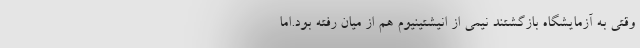
وقتی به آزمایشگاه بازگشتند نیمی از انیشتینیوم هم از میان رفته بود.اما